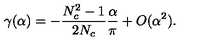
\gamma ( \alpha ) = - \frac { N _ { c } ^ { 2 } - 1 } { 2 N _ { c } } \frac { \alpha } { \pi } + O ( \alpha ^ { 2 } ) .